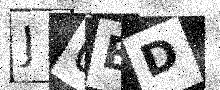
Text: J0BD